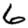
Digit: 6